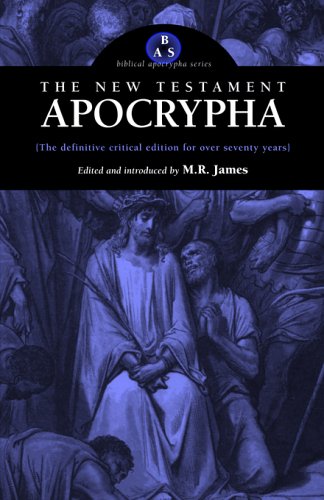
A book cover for The New Testament Apocrypha; Christian Books & Bibles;